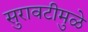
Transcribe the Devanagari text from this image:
सुरावटीमुळे